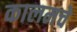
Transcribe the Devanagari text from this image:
कालमचे